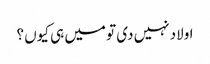
اولاد نہیں دی تو میں ہی کیوں ؟